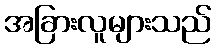
အခြားလူများသည်